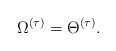
\begin{align*}\Omega^{(\tau)}=\Theta^{(\tau)}.\end{align*}